Lunatic asylums Bombay report 1878-1890 - 1878-1890
Year: 1878
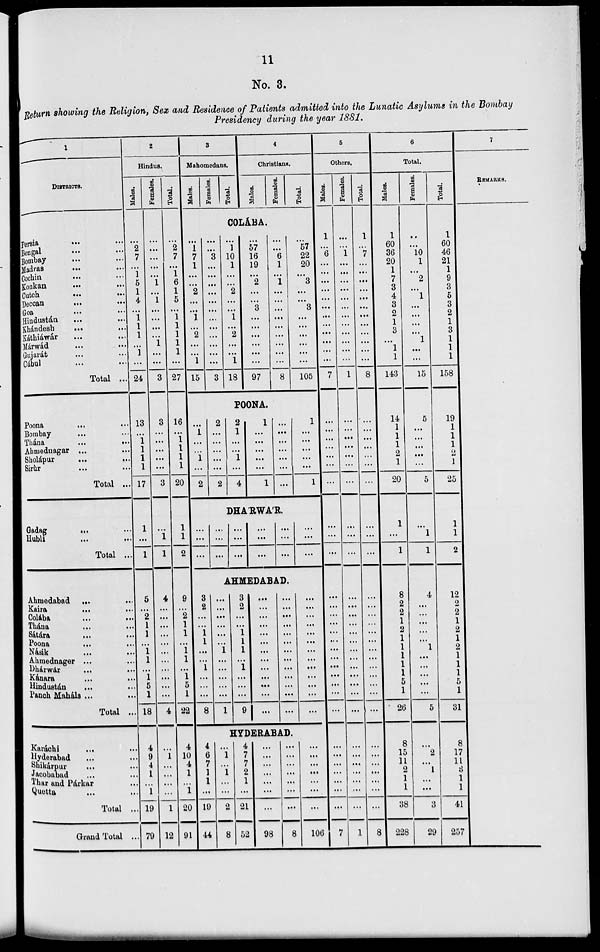
11
No. 3.
Return showing the Religion, Sex and Residence of Patients admitted into the Lunatic Asylums in the Bombay
Presidency during the year 1881.
1
DISTRICTS.
Persia
...
...
Bengal ... ...
Bombay ... ...
Madras ... ...
Cochin ... ...
Konkan
...
...
Cutch
...
...
Deccan
...
...
Goa ... ...
Hindustán ... ...
Khándesh ... ...
Káthiáwár
...
...
Márwád ... ...
Gujarát ... ...
Cábul ... ...
Total ...
Poona ... ...
Bombay ... ...
Thána
...
...
Ahmednagar ... ...
Sholápur
...
...
Sirúr ... ...
Total ...
Gadag
...
...
Hubli ... ...
Total ...
Ahmedabad ... ...
Kaira ... ...
Colába ... ...
Thána ... ...
Sátára ... ...
Poona ... ...
Násik ... ...
Ahmednager ... ...
Dhárwár ... ...
Kánara ... ...
Hindustán ... ...
Panch Maháls ... ...
Total ...
Karáchi ... ...
Hyderabad ... ...
Shikárpur ... ...
Jacobabad ... ...
Thar and Párkar ...
Quetta ... ...
Total ...
Grand Total ...
2
Hindus.
Males.
...
2
7
...
1
5
1
4
...
1
1
1
...
1
...
24
13
...
1
1
1
1
17
1
...
1
5
...
2
1
1
...
1
1
...
1
5
1
18
4
9
4
1
...
1
19
79
Females.
...
...
...
...
...
1
...
1
...
...
...
...
1
...
...
3
3
...
...
...
...
...
3
...
1
1
4
...
...
...
...
...
...
...
...
...
...
...
4
...
1
...
...
...
...
1
12
Total.
...
2
7
...
1
6
1
5
...
1
1
1
1
1
...
27
16
...
1
1
1
1
20
1
1
2
9
...
2
1
1
...
1
1
...
1
5
1
22
4
10
4
1
...
1
20
91
3
Mahomedans.
Males.
Females.
Total.
4
Christians.
Males.
Females.
Total.
COLA'BA.
...
1
7
1
...
...
2
...
...
1
...
2
...
...
1
15
...
...
3
...
...
...
...
...
...
...
...
...
...
...
...
3
...
1
10
1
....
...
2
...
...
1
...
2
...
...
1
18
...
57
16
19
...
2
...
...
3
...
...
...
...
...
...
97
...
...
6
1
...
1
...
...
...
...
...
...
...
...
...
8
...
57
22
20
...
3
...
...
3
...
...
...
...
...
...
105
POONA.
...
1
...
...
1
...
2
2
...
...
...
...
...
2
2
1
...
...
1
...
4
1
...
...
...
...
...
1
...
...
...
...
...
...
...
1
...
...
...
...
...
1
DHA'RWA'R.
...
...
...
...
...
...
...
...
...
...
...
...
...
...
...
...
...
...
AHMEDABAD.
3
2
...
...
1
1
...
...
1
...
...
...
8
4
6
7
1
1
...
19
44
...
...
...
...
...
...
1
...
...
...
...
...
1
...
1
...
1
...
...
2
8
3
2
...
...
1
1
1
...
1
...
...
...
9
...
...
...
...
...
...
...
...
...
...
...
...
...
...
...
...
...
...
...
...
...
...
...
...
...
...
...
...
...
...
...
...
...
...
...
...
...
...
...
HYDERABAD.
4
7
7
2
1
...
21
52
...
...
...
...
...
...
...
98
...
...
...
...
...
...
...
8
...
...
...
...
...
...
...
106
5
Others.
Males
1
...
6
...
...
...
...
...
...
...
...
...
...
...
...
7
...
...
...
...
...
...
...
...
...
...
...
...
...
...
...
...
...
...
...
...
...
...
...
...
...
...
...
...
...
...
7
Females.
...
...
1
...
...
...
...
...
...
...
...
...
...
...
...
1
...
...
...
...
...
...
...
...
...
...
...
...
...
...
...
...
...
...
...
...
...
...
...
...
...
...
...
...
...
...
1
Total.
1
...
7
...
...
...
...
...
...
...
...
...
...
...
...
8
...
...
...
...
...
...
...
...
...
...
...
...
...
...
...
...
...
...
...
...
...
...
...
...
...
...
...
...
...
...
8
6
Total.
Males
1
60
36
20
1
7
3
4
3
2
1
3
...
1
1
143
14
1
1
1
2
1
20
1
...
1
8
2
2
1
2
1
1
1
1
1
5
1
26
8
15
11
2
1
1
38
228
Females.
...
...
10
1
...
2
...
1
...
...
...
...
1
...
...
15
5
...
...
...
...
...
5
...
1
1
4
...
...
...
...
...
1
...
...
...
...
...
5
...
2
...
1
...
...
3
29
Total.
1
60
46
21
1
9
3
5
3
2
1
3
1
1
1
158
19
1
1
1
2
1
25
1
1
2
12
2
2
1
2
1
2
1
1
1
5
1
31
8
17
11
3
1
1
41
257
7
REMARKS.